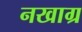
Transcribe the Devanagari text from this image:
नखाग्र